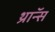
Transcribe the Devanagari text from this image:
थ्राॅन्स